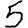
Digit: 5